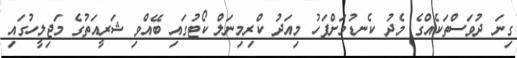
ގިނަ ދުވަސްތަކެއްގެ މެދު ކެނޑުމަށްފަހު މިއަދު ކްރިމިނަލް ކޯޓުގައި ބޭއްވި ޝަރީއަތުގެ މަޖިލީހުގައި